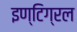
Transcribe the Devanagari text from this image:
इण्टिग्रल